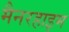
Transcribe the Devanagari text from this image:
मैनरहाइम